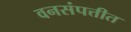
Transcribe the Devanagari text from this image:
वनसंपत्तीत